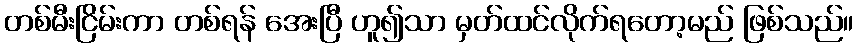
တစ်မီးငြိမ်းကာ တစ်ရန် အေးပြီ ဟူ၍သာ မှတ်ထင်လိုက်ရတော့မည် ဖြစ်သည်။